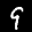
Label: 9